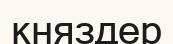
княздер